Civil Veterinary Department Bengal reports 1933-51 - 1933-1951
Year: 1933
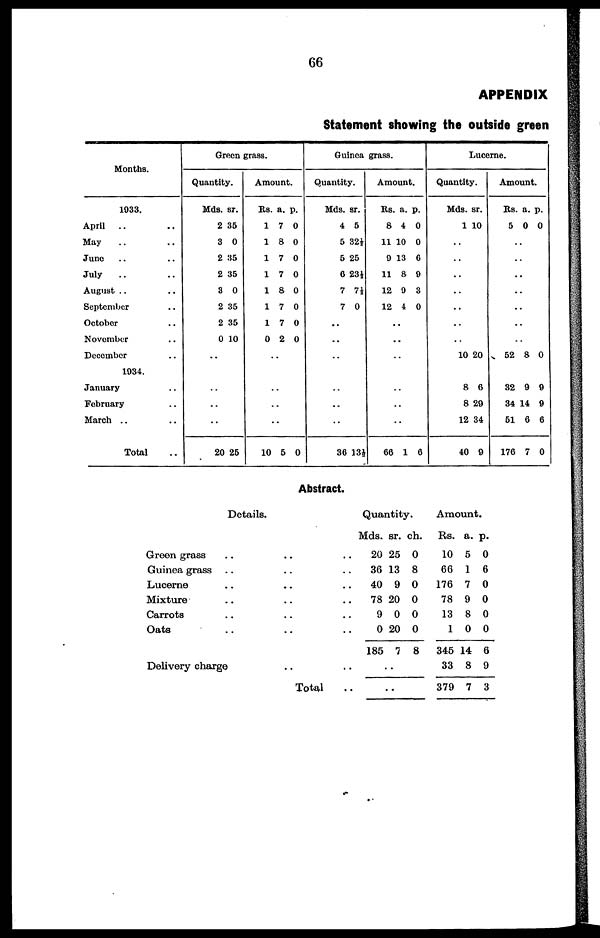
66
APPENDIX
Statement showing the outside green
Months.
1933.
April .. ..
May .. ..
June .. ..
July .. ..
August .. ..
September ..
October ..
November ..
December ..
1934.
January ..
February ..
March .. ..
Total ..
Green grass.
Quantity.
Mds.
2
3
2
2
3
2
2
0
..
..
..
..
20
sr.
35
0
35
35
0
35
35
10
25
Amount.
Rs.
1
1
1
1
1
1
1
0
..
..
..
..
10
a.
7
8
7
7
8
7
7
2
5
p.
0
0
0
0
0
0
0
0
0
Guinea grass.
Quantity.
Mds.
4
5
5
6
7
7
..
..
..
..
..
..
36
sr.
5
32½
25
23½
7½
0
13½
Amount.
Rs.
8
11
9
11
12
12
.
.
..
..
..
..
66
a.
4
10
13
8
9
4
.
.
1
p.
0
0
6
9
3
0
6
Lucerne.
Quantity.
Mds.
1
..
..
..
..
..
..
..
10
8
8
12
40
sr.
10
20
6
29
34
9
Amount.
Rs.
5
..
..
..
..
..
..
..
52
32
34
51
176
a.
0
8
9
14
6
7
p.
0
0
9
9
6
0
Abstract.
Details.
Green grass .. .. ..
Guinea grass .. .. ..
Lucerne .. .. ..
Mixture .. .. ..
Carrots .. .. ..
Oats .. .. ..
Delivery charge .. ..
Total ..
Quantity.
Mds.
20
36
40
78
9
0
185
..
..
sr.
25
13
9
20
0
20
7
ch.
0
8
0
0
0
0
8
Amount.
Rs.
10
66
176
78
13
1
345
33
379
a.
5
1
7
9
8
0
14
8
7
p.
0
6
0
0
0
0
6
9
3